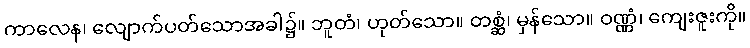
ကာလေန၊ လျောက်ပတ်သောအခါ၌။ ဘူတံ၊ ဟုတ်သော။ တစ္ဆံ၊ မှန်သော။ ဝဏ္ဏံ၊ ကျေးဇူးကို။